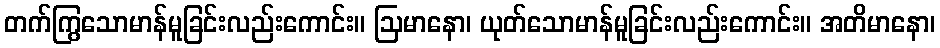
တက်ကြွသောမာန်မူခြင်းလည်းကောင်း။ ဩမာနော၊ ယုတ်သောမာန်မူခြင်းလည်းကောင်း။ အတိမာနော၊